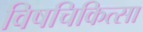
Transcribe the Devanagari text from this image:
विषचिकित्सा